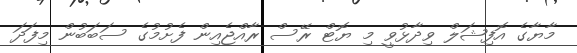
މާޔާގެ އޮފިޝަލް ވިދާޅުވީ މި ޔޮޓް ރޭސް ރާއްޖެއިން ފެށުމުގެ ސަބަބުން މިފަދަ